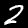
Digit: 2